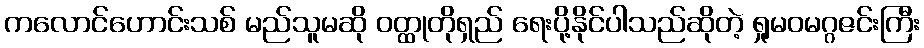
ကလောင်ဟောင်းသစ် မည်သူမဆို ဝတ္ထုတိုရှည် ရေးပို့နိုင်ပါသည်ဆိုတဲ့ ရှုမဝမဂ္ဂဇင်းကြီး